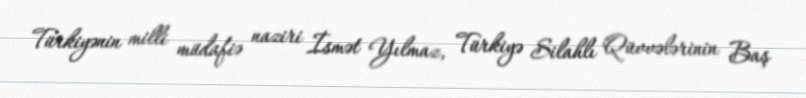
Türkiyənin milli müdafiə naziri İsmət Yılmaz, Türkiyə Silahlı Qüvvələrinin Baş